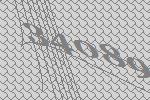
34089